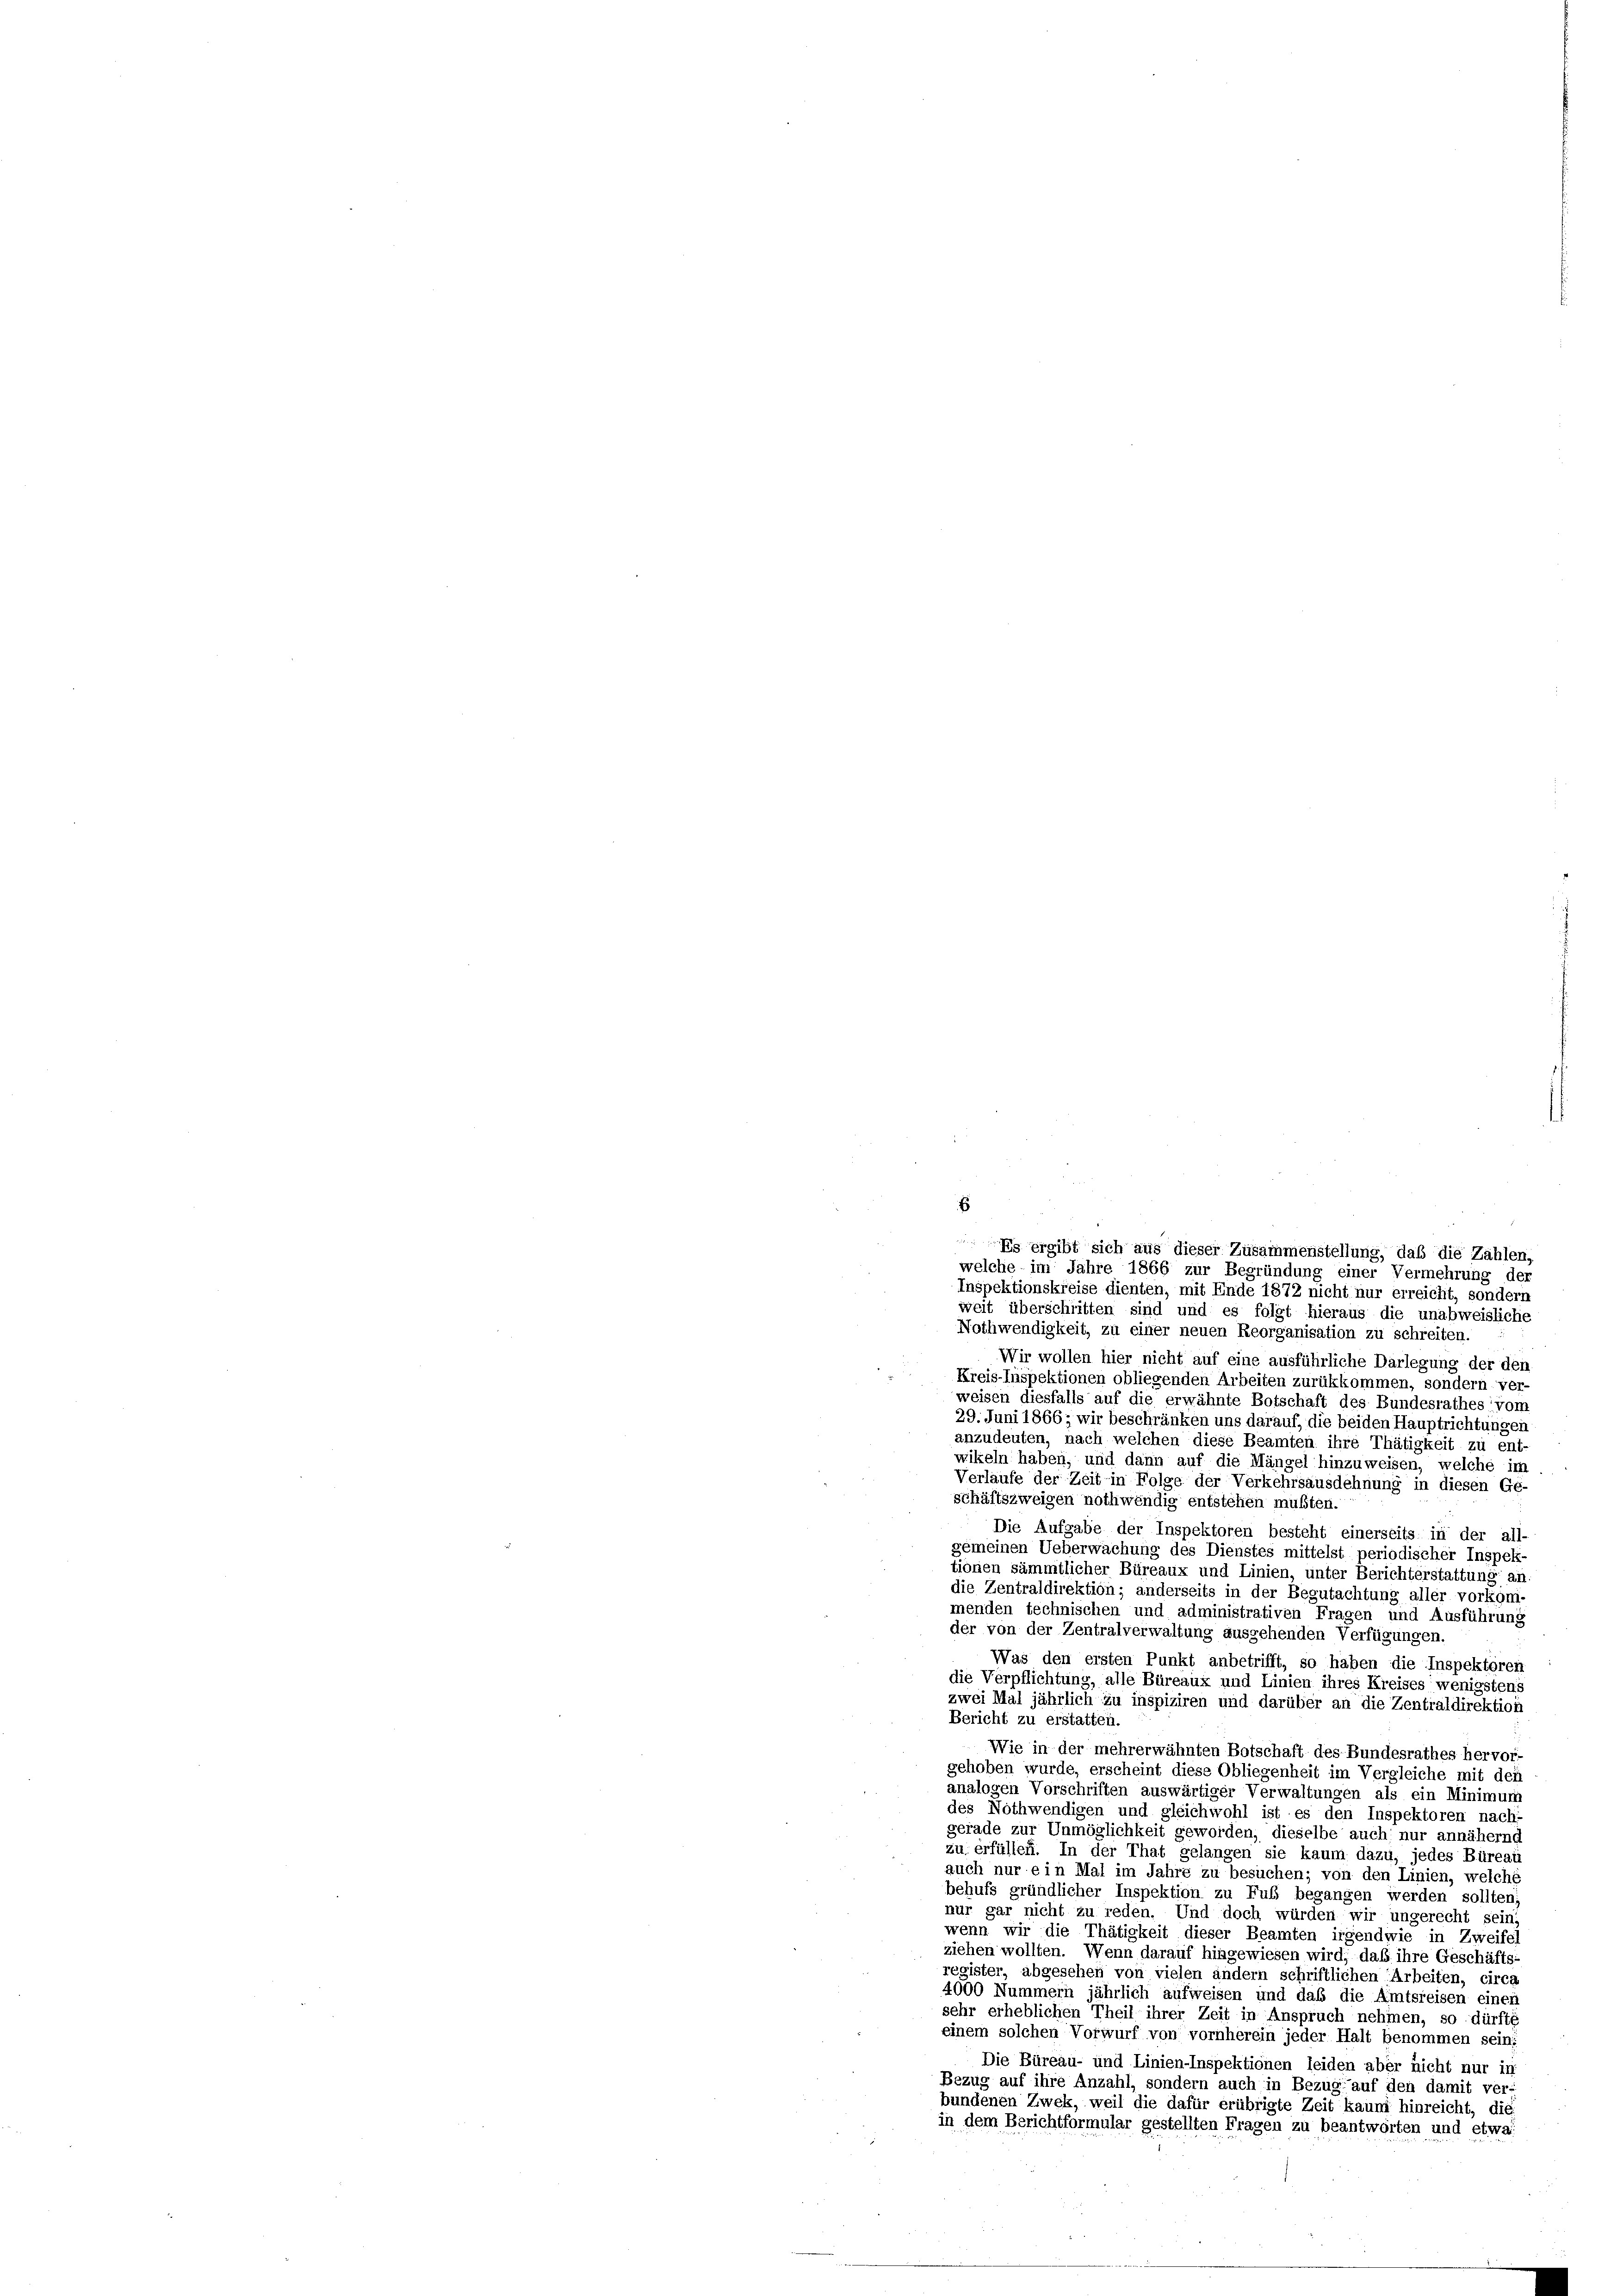
E
Es ergibt sich aus dieser Zusammenstellung, daß die Zahlen,
welche im Jahre 1866 zur Begründung einer Vermehrung der
Inspektionskreise dienten, mit Ende 1872 nicht nur erreicht, sondern

weit überschritten sind und es folgt hieraus die unabweisliche
Nothwendigkeit, zu einer neuen Reorganisation zu schreiten.
Wir wollen hier nicht auf eine ausführliche Darlegung der den
Kreis-Inspektionen obliegenden Arbeiten zurükkommen, sondern ver-
weisen diesfalls auf die erwähnte Botschaft des Bundesrathes vom
29. Juni 1866; wir beschränken uns darauf, die beiden Hauptrichtungen
anzudeuten, nach welchen diese Beamten ihre Thätigkeit zu ent-
wikeln haben, und dann auf die Mängel hinzuweisen, welche im
Verlaufe der Zeit in Folge der Verkehrsausdehnung in diesen Ge-
schäftszweigen nothwendig entstehen mußten.
Die Aufgabe der Inspektoren besteht einerseits in der all-
gemeinen Ueberwachung des Dienstes mittelst periodischer Inspek-
tionen sämmtlicher Büreaux und Linien, unter Berichterstattung an
die Zentraldirektion; anderseits in der Begutachtung aller vorkom
menden technischen und administrativen Fragen und Ausführung
der von der Zentralverwaltung ausgehenden Verfügungen.
Was den ersten Punkt anbetrifft, so haben die Inspektoren
die Verpflichtung, alle Büreaux und Linien ihres Kreises wenigstens
zwei Mal jährlich zu inspiziren und darüber an die Zentraldirektion
Bericht zu erstatten.
Wie in der mehrerwähnten Botschaft des Bundesrathes hervor,
gehoben wurde, erscheint diese Obliegenheit im Vergleiche mit den
analogen Vorschriften auswärtiger Verwaltungen als ein Minimun
des Nothwendigen und gleichwohl ist es den Inspektoren nach-
gerade zur Unmöglichkeit geworden, dieselbe auch nur annähernd
zu erfüllen. In der That gelangen sie kaum dazu, jedes Büreai
auch nur ein Mal im Jahre zu besuchen; von den Linien, welche
behufs gründlicher Inspektion zu Fuß begangen werden sollten;
nur gar nicht zu reden. Und doch würden wir ungerecht sein
wenn wir die Thätigkeit dieser Beamten irgendwie in Zweifel
ziehen wollten. Wenn darauf hingewiesen wird; daß ihre Geschäfts-
register, abgesehen von vielen andern schriftlichen Arbeiten, circa
4000 Nummern jährlich aufweisen und daß die Amtsreisen einer
sehr erheblichen Theil ihrer Zeit in Anspruch nehmen, so dürfte
einem solchen Vorwurf von vornherein jeder Halt benommen sein
Die Büreau- und Linien-Inspektionen leiden aber nicht nur in
Bezug auf ihre Anzahl, sondern auch in Bezug auf den damit ver-
bundenen Zwek, weil die dafür erübrigte Zeit kaum hinreicht, die
in dem Berichtformular gestellten Fragen zu beantworten und etwa